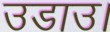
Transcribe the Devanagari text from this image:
उडाउ।